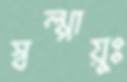
স্বল্পায়ুঃ